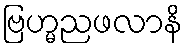
ဗြဟ္မညဖလာနိ